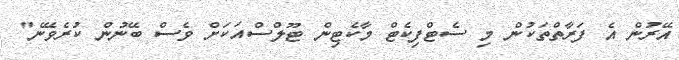
އޭރުން އެ ފަރާތްތަކުން މި ސެޓްފިކެޓް މާކެޓިން ޓޫލްސްއަކަށް ވެސް ބޭނުން ކުރެވޭނެ"